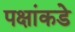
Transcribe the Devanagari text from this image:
पक्षांकडे